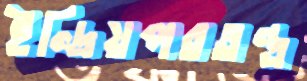
ইন্দ্রিয়পরতন্ত্র